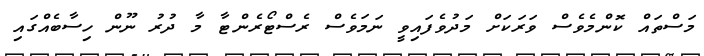
މަސްތައް ކޮންމެވެސް ވަރަކަށް މަދުވެފައިވީ ނަމަވެސް ރެސްޓޯރެންޓާ މާ ދުރު ނޫން ހިސާބެއްގައި